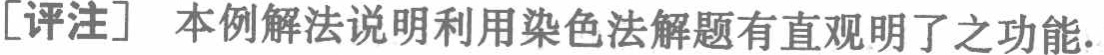
[评注] 本例解法说明利用染色法解题有直观明了之功能.